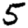
Digit: 5